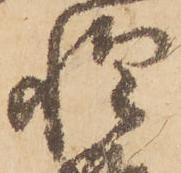
惶